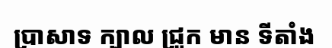
ប្រាសាទ ក្បាល ជ្រូក មាន ទីតាំង